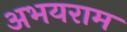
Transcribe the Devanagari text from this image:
अभयराम